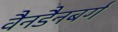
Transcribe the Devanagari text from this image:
वैनडैनबर्ग